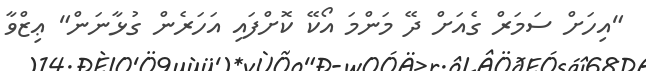
"އިހަށް ސަމަރް ގެއަށް ދޭ މަންމަ އޯކޭ ކޮށްފައި އަހަރެން ގުޅާނަން" ޢިޒްވާ